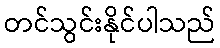
တင်သွင်းနိုင်ပါသည်